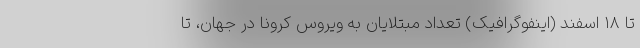
تا ۱۸ اسفند (اینفوگرافیک) تعداد مبتلایان به ویروس کرونا در جهان، تا